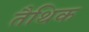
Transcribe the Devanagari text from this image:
तैथिक